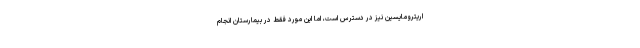
اریترومایسین نیز در دسترس است، اما این مورد فقط در بیمارستان انجام